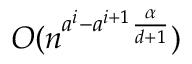
O ( n ^ { a ^ { i } - a ^ { i + 1 } \frac { \alpha } { d + 1 } } )